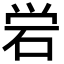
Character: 𬒈